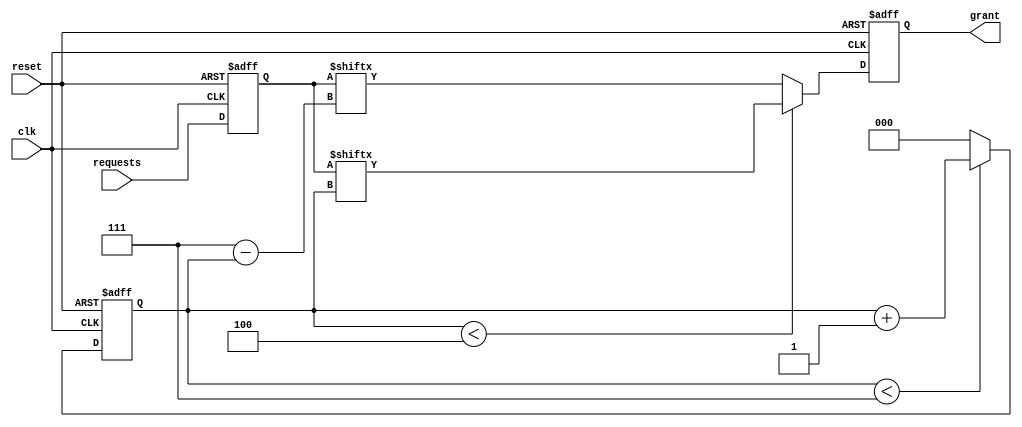
module random_arbiter (
    input wire clk,
    input wire reset,
    input wire [7:0] requests, // 8 input requests
    output wire grant
);

reg [7:0] synchronized_requests;
reg [2:0] random_index;
reg grant_temp;

// Timing control logic
always @(posedge clk or posedge reset) begin
    if (reset) begin
        synchronized_requests <= 8'b0;
    end else begin
        synchronized_requests <= requests;
    end
end

// Synchronization logic ensuring requests are aligned
always @(posedge clk or posedge reset) begin
    if (reset) begin
        random_index <= 3'b0;
    end else if (random_index < 3'b111) begin
        random_index <= random_index + 1;
    end else begin
        random_index <= 3'b0;
    end
end

// Arbiter with random selection algorithm
always @(posedge clk or posedge reset) begin
    if (reset) begin
        grant_temp <= 1'b0;
    end else if (random_index < 3'b100) begin
        grant_temp <= synchronized_requests[random_index];
    end else begin
        grant_temp <= synchronized_requests[7 - random_index];
    end
end

assign grant = grant_temp;

endmodule